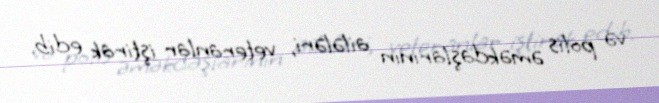
və polis əməkdaşlarının ailələri, veteranlar iştirak edib.